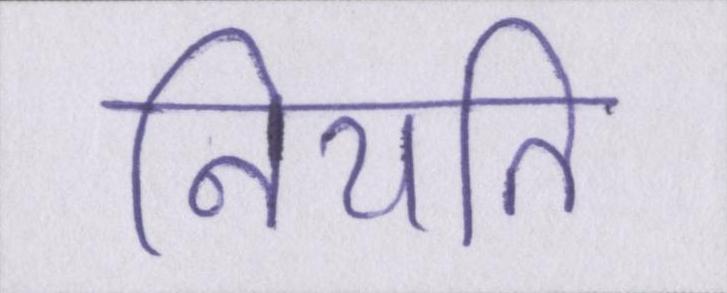
नियति